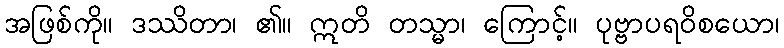
အဖြစ်ကို။ ဒဿိတာ၊ ၏။ ဣတိ တသ္မာ၊ ကြောင့်။ ပုဗ္ဗာပရဝိစယော၊